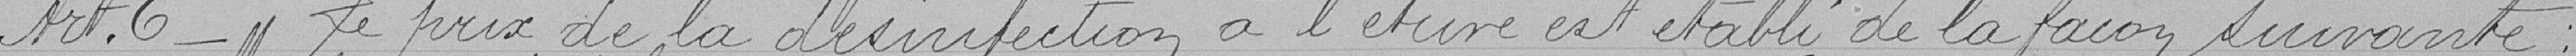
Art. 6 - Le prix de la désinfection à l'étuve est établi de la façon suivante :